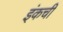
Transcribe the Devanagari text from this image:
इंकची